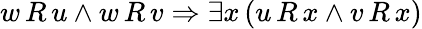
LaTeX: w\, R\, u\land w\, R\, v\Rightarrow\exists x\, (u\, R\, x\land v\, R\, x)